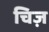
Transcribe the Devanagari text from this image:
चिज़